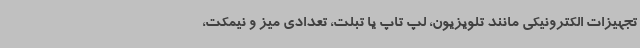
تجهیزات الکترونیکی مانند تلویزیون، لپ تاپ یا تبلت، تعدادی میز و نیمکت،